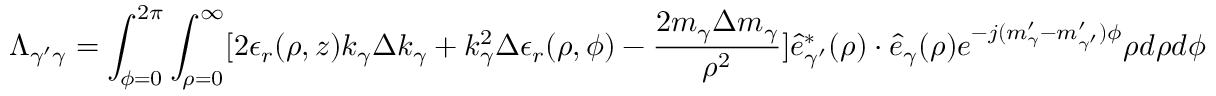
\Lambda _ { \gamma ^ { \prime } \gamma } = \int _ { \phi = 0 } ^ { 2 \pi } \int _ { \rho = 0 } ^ { \infty } [ 2 \epsilon _ { r } ( \rho , z ) k _ { \gamma } \Delta k _ { \gamma } + k _ { \gamma } ^ { 2 } \Delta \epsilon _ { r } ( \rho , \phi ) - \frac { 2 m _ { \gamma } \Delta m _ { \gamma } } { \rho ^ { 2 } } ] \hat { e } _ { \gamma ^ { \prime } } ^ { * } ( \rho ) \cdot \hat { e } _ { \gamma } ( \rho ) e ^ { - j ( m _ { \gamma } ^ { \prime } - m _ { \gamma ^ { \prime } } ^ { \prime } ) \phi } \rho d \rho d \phi